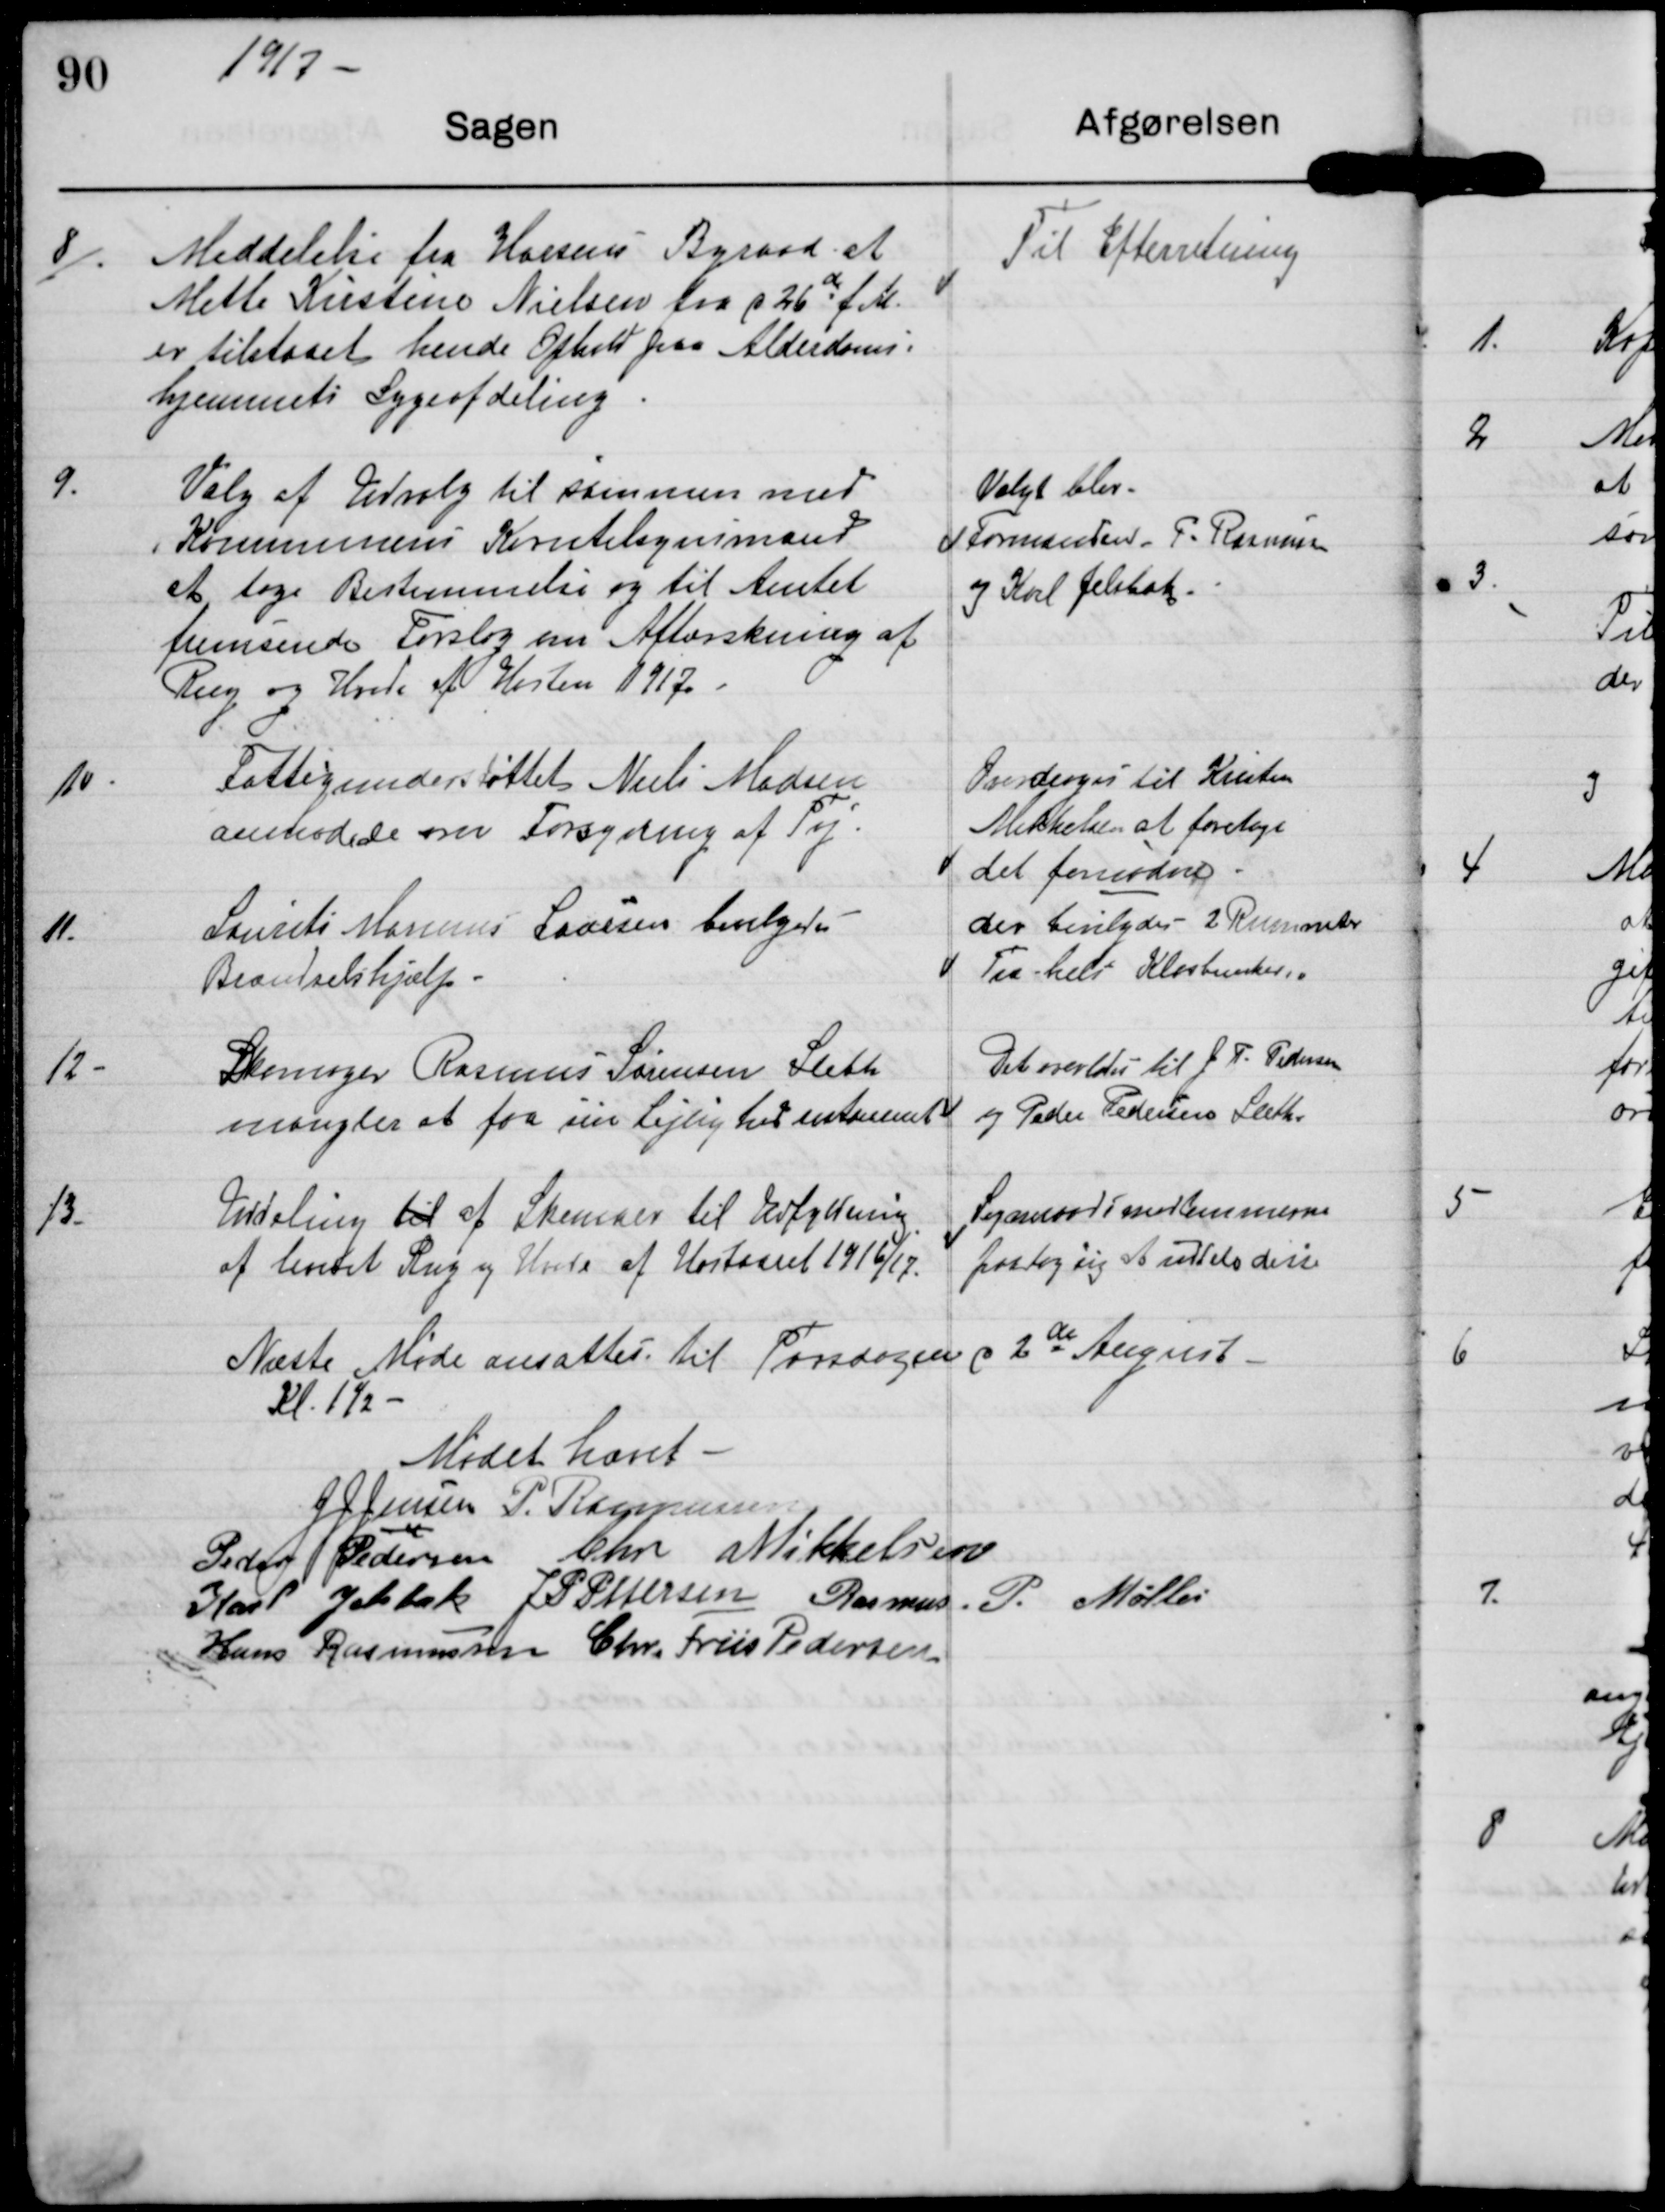
Transskription:
1917

8. Meddelelse fra Horsens Byraad at
Mette Kristine Nielsen fra d 26de f.M
er tilstaaet hende Ophold paa Alderdoms-
hjemmets Sygeafdeling

Til Efterretning

9.
Valg af udvalg til sammen med
Kommunens Korntilsynsmand
at tage Bestemmelse og til Amtet
fremsende Forslag om Aftærskning af
Rug og Hvede af Høsten 1917

Valgt blev
Formanden P. Rasmussen
og Karl Jelsbak

10.
Fattigunderstøttelse Niels Madsen
anmodede om Forsyning af Tøj

Overdrages til Kristen
Mikkelsen at foretage
det fornødne.

11.
Laurits Marius Laursen bevilgedes
Brændselshjælp

der bevilgedes 2 Rummeter
Træ helst Klosbunker

12
Skomager Rasmus Sørensen Sleth
mangler at faa sin Lejlighed istandsat

Det overlades til J P Pedersen
og Peder Pedersen Sleth

13.
Uddeling til af Skemaer til Udfyldning
af hentet Rug og Hvede af Høstaaret 1916/17

Sogneraadsmedlemmerne
paatog sig at udfylde disse

Næste Møde ansattes til Torsdagen d 2de August
kl 1 1/2

Mødet hævet

J J Jensen

P. Rasmussen

Peder Pedersen

Chr Mikkelsen

Karl Jelsbak

J P Pedersen

Rasmus P. Møller

Hans Rasmussen

Chr. Friis Pedersen